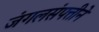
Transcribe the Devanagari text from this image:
जंगलसंपत्तीने